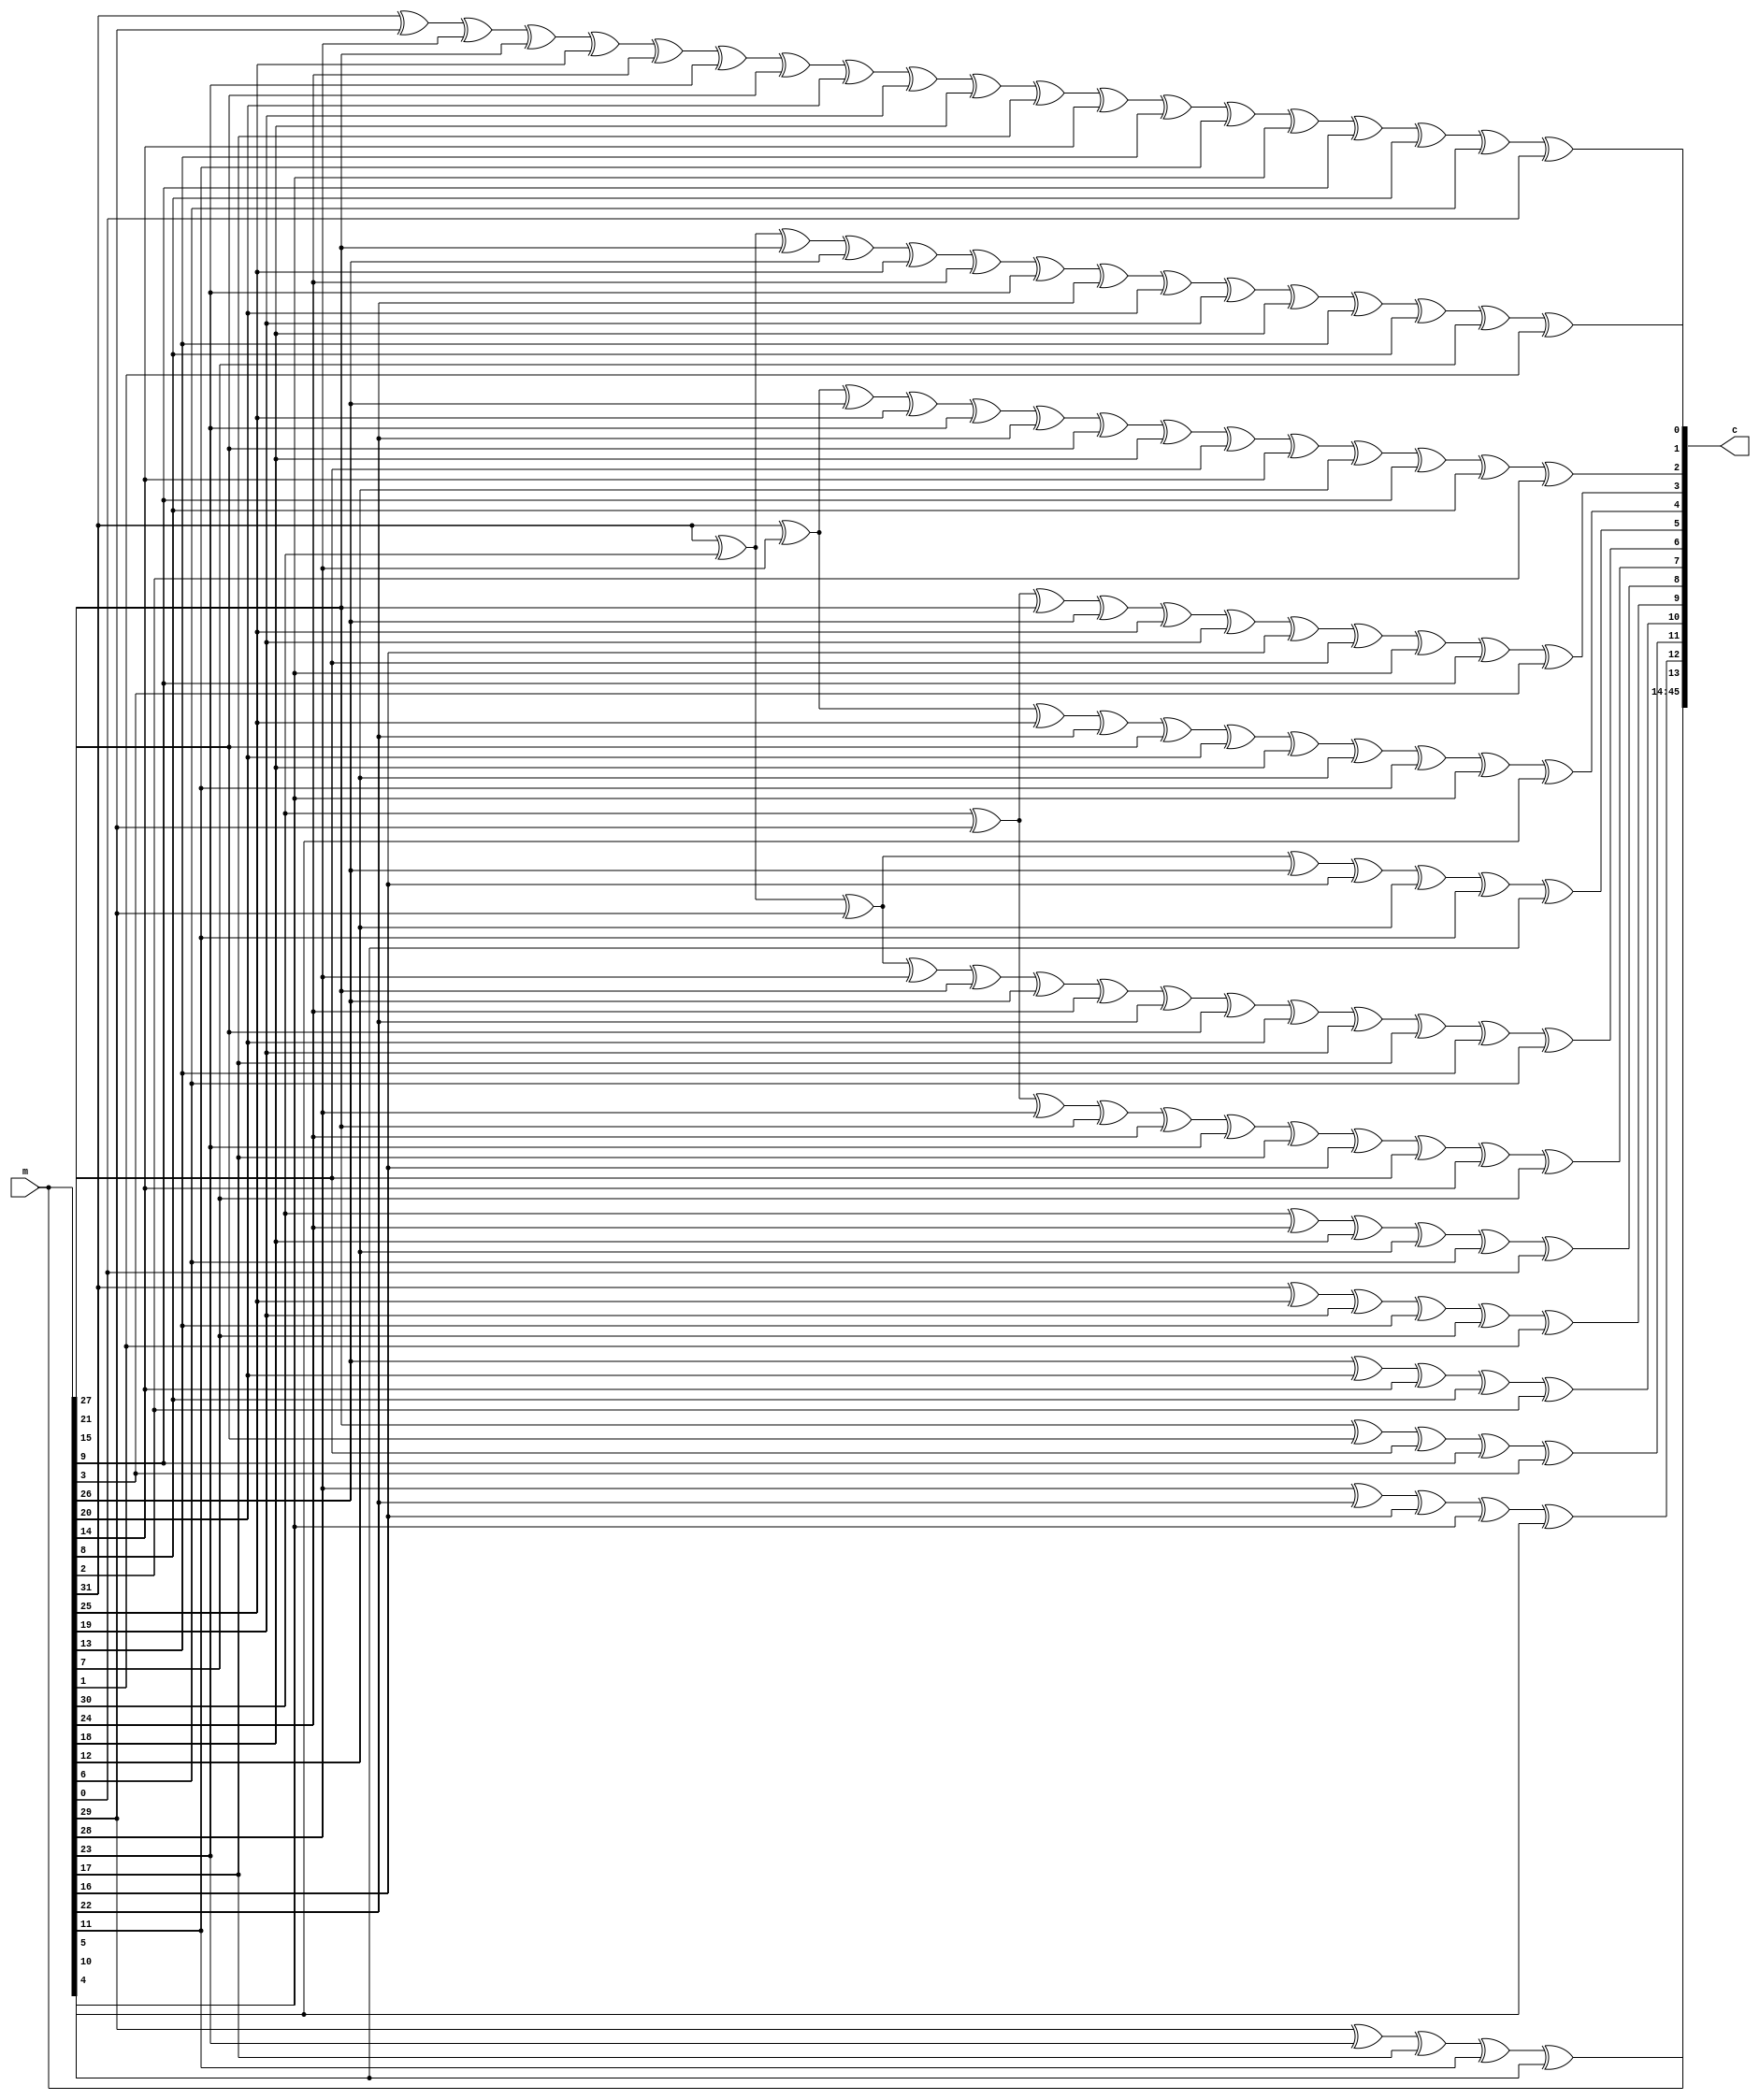
module encoder (
	input [0:31] m,
	output [0:45] c
);

	wire [0:13] p;

	assign p[0] = m[2] ^ m[8] ^ m[14] ^ m[20] ^ m[26] ^ 0;
	assign p[1] = m[3] ^ m[9] ^ m[15] ^ m[21] ^ m[27] ^ 0;
	assign p[2] = m[4] ^ m[10] ^ m[16] ^ m[22] ^ m[28] ^ 0;
	assign p[3] = m[5] ^ m[11] ^ m[17] ^ m[23] ^ m[29] ^ 0;
	assign p[4] = m[0] ^ m[6] ^ m[12] ^ m[18] ^ m[24] ^ m[30] ^ 0;
	assign p[5] = m[1] ^ m[7] ^ m[13] ^ m[19] ^ m[25] ^ m[31] ^ 0;
	assign p[6] = m[1] ^ m[2] ^ m[3] ^ m[4] ^ m[7] ^ m[8] ^ m[14] ^ m[15] ^ m[16] ^ m[17] ^ m[24] ^ 0;
	assign p[7] = m[0] ^ m[1] ^ m[2] ^ m[3] ^ m[4] ^ m[5] ^ m[7] ^ m[9] ^ m[10] ^ m[11] ^ m[12] ^ m[14] ^ m[18] ^ m[25] ^ 0;
	assign p[8] = m[0] ^ m[1] ^ m[2] ^ m[5] ^ m[15] ^ m[19] ^ m[20] ^ m[26] ^ 0;
	assign p[9] = m[0] ^ m[3] ^ m[6] ^ m[9] ^ m[10] ^ m[11] ^ m[13] ^ m[19] ^ m[20] ^ m[21] ^ m[27] ^ 0;
	assign p[10] = m[1] ^ m[2] ^ m[4] ^ m[5] ^ m[6] ^ m[12] ^ m[15] ^ m[16] ^ m[21] ^ m[22] ^ m[28] ^ 0;
	assign p[11] = m[0] ^ m[3] ^ m[5] ^ m[6] ^ m[8] ^ m[9] ^ m[10] ^ m[13] ^ m[16] ^ m[17] ^ m[19] ^ m[22] ^ m[23] ^ m[29] ^ 0;
	assign p[12] = m[0] ^ m[1] ^ m[4] ^ m[5] ^ m[6] ^ m[7] ^ m[8] ^ m[9] ^ m[11] ^ m[12] ^ m[13] ^ m[18] ^ m[23] ^ m[24] ^ m[30] ^ 0;
	assign p[13] = m[0] ^ m[2] ^ m[3] ^ m[4] ^ m[6] ^ m[7] ^ m[8] ^ m[10] ^ m[11] ^ m[12] ^ m[13] ^ m[14] ^ m[17] ^ m[18] ^ m[20] ^ m[21] ^ m[22] ^ m[23] ^ m[25] ^ m[31] ^ 0;

	assign c = {m,p};

endmodule

module decoder (
	input [0:45] c,
	output [0:31] m
);

	wire [0:13] p, s;
	wire [0:31] b, en;
	assign b = c[0:31];
	assign p = c[32:45];

	assign s[0] = p[0] ^ b[2] ^ b[8] ^ b[14] ^ b[20] ^ b[26] ^ 0;
	assign s[1] = p[1] ^ b[3] ^ b[9] ^ b[15] ^ b[21] ^ b[27] ^ 0;
	assign s[2] = p[2] ^ b[4] ^ b[10] ^ b[16] ^ b[22] ^ b[28] ^ 0;
	assign s[3] = p[3] ^ b[5] ^ b[11] ^ b[17] ^ b[23] ^ b[29] ^ 0;
	assign s[4] = p[4] ^ b[0] ^ b[6] ^ b[12] ^ b[18] ^ b[24] ^ b[30] ^ 0;
	assign s[5] = p[5] ^ b[1] ^ b[7] ^ b[13] ^ b[19] ^ b[25] ^ b[31] ^ 0;
	assign s[6] = p[6] ^ b[1] ^ b[2] ^ b[3] ^ b[4] ^ b[7] ^ b[8] ^ b[14] ^ b[15] ^ b[16] ^ b[17] ^ b[24] ^ 0;
	assign s[7] = p[7] ^ b[0] ^ b[1] ^ b[2] ^ b[3] ^ b[4] ^ b[5] ^ b[7] ^ b[9] ^ b[10] ^ b[11] ^ b[12] ^ b[14] ^ b[18] ^ b[25] ^ 0;
	assign s[8] = p[8] ^ b[0] ^ b[1] ^ b[2] ^ b[5] ^ b[15] ^ b[19] ^ b[20] ^ b[26] ^ 0;
	assign s[9] = p[9] ^ b[0] ^ b[3] ^ b[6] ^ b[9] ^ b[10] ^ b[11] ^ b[13] ^ b[19] ^ b[20] ^ b[21] ^ b[27] ^ 0;
	assign s[10] = p[10] ^ b[1] ^ b[2] ^ b[4] ^ b[5] ^ b[6] ^ b[12] ^ b[15] ^ b[16] ^ b[21] ^ b[22] ^ b[28] ^ 0;
	assign s[11] = p[11] ^ b[0] ^ b[3] ^ b[5] ^ b[6] ^ b[8] ^ b[9] ^ b[10] ^ b[13] ^ b[16] ^ b[17] ^ b[19] ^ b[22] ^ b[23] ^ b[29] ^ 0;
	assign s[12] = p[12] ^ b[0] ^ b[1] ^ b[4] ^ b[5] ^ b[6] ^ b[7] ^ b[8] ^ b[9] ^ b[11] ^ b[12] ^ b[13] ^ b[18] ^ b[23] ^ b[24] ^ b[30] ^ 0;
	assign s[13] = p[13] ^ b[0] ^ b[2] ^ b[3] ^ b[4] ^ b[6] ^ b[7] ^ b[8] ^ b[10] ^ b[11] ^ b[12] ^ b[13] ^ b[14] ^ b[17] ^ b[18] ^ b[20] ^ b[21] ^ b[22] ^ b[23] ^ b[25] ^ b[31] ^ 0;

	assign en[0] = (s[6] ^ s[5] ^ s[0] ^ s[1] ^ s[2] ^ 0) | (s[7] ^ s[4] ^ s[5] ^ s[0] ^ s[1] ^ s[2] ^ s[3] ^ 0) | (s[8] ^ s[4] ^ s[5] ^ s[0] ^ s[3] ^ 0) | (s[9] ^ s[4] ^ s[1] ^ 0) | (s[10] ^ s[5] ^ s[0] ^ s[2] ^ s[3] ^ 0) | (s[11] ^ s[4] ^ s[1] ^ s[3] ^ 0) | (s[12] ^ s[4] ^ s[5] ^ s[2] ^ s[3] ^ 0) | (s[13] ^ s[4] ^ s[0] ^ s[1] ^ s[2] ^ 0);
	assign en[1] = (s[6] ^ s[5] ^ s[0] ^ s[1] ^ s[2] ^ 0) | (s[7] ^ s[5] ^ s[0] ^ s[1] ^ s[2] ^ s[3] ^ 0) | (s[8] ^ s[5] ^ s[0] ^ s[3] ^ 0) | (s[9] ^ s[1] ^ s[4] ^ 0) | (s[10] ^ s[5] ^ s[0] ^ s[2] ^ s[3] ^ s[4] ^ 0) | (s[11] ^ s[1] ^ s[3] ^ s[4] ^ 0) | (s[12] ^ s[5] ^ s[2] ^ s[3] ^ s[4] ^ 0) | (s[13] ^ s[0] ^ s[1] ^ s[2] ^ s[4] ^ 0);
	assign en[2] = (s[6] ^ s[0] ^ s[1] ^ s[2] ^ s[5] ^ 0) | (s[7] ^ s[0] ^ s[1] ^ s[2] ^ s[3] ^ s[5] ^ 0) | (s[8] ^ s[0] ^ s[3] ^ 0) | (s[9] ^ s[1] ^ s[4] ^ 0) | (s[10] ^ s[0] ^ s[2] ^ s[3] ^ s[4] ^ 0) | (s[11] ^ s[1] ^ s[3] ^ s[4] ^ 0) | (s[12] ^ s[2] ^ s[3] ^ s[4] ^ s[5] ^ 0) | (s[13] ^ s[0] ^ s[1] ^ s[2] ^ s[4] ^ s[5] ^ 0);
	assign en[3] = (s[6] ^ s[1] ^ s[2] ^ s[5] ^ s[0] ^ 0) | (s[7] ^ s[1] ^ s[2] ^ s[3] ^ s[5] ^ 0) | (s[8] ^ s[3] ^ 0) | (s[9] ^ s[1] ^ s[4] ^ 0) | (s[10] ^ s[2] ^ s[3] ^ s[4] ^ 0) | (s[11] ^ s[1] ^ s[3] ^ s[4] ^ s[0] ^ 0) | (s[12] ^ s[2] ^ s[3] ^ s[4] ^ s[5] ^ s[0] ^ 0) | (s[13] ^ s[1] ^ s[2] ^ s[4] ^ s[5] ^ s[0] ^ 0);
	assign en[4] = (s[6] ^ s[2] ^ s[5] ^ s[0] ^ 0) | (s[7] ^ s[2] ^ s[3] ^ s[5] ^ s[1] ^ 0) | (s[8] ^ s[3] ^ 0) | (s[9] ^ s[4] ^ s[1] ^ 0) | (s[10] ^ s[2] ^ s[3] ^ s[4] ^ 0) | (s[11] ^ s[3] ^ s[4] ^ s[0] ^ s[1] ^ 0) | (s[12] ^ s[2] ^ s[3] ^ s[4] ^ s[5] ^ s[0] ^ s[1] ^ 0) | (s[13] ^ s[2] ^ s[4] ^ s[5] ^ s[0] ^ 0);
	assign en[5] = (s[6] ^ s[5] ^ s[0] ^ 0) | (s[7] ^ s[3] ^ s[5] ^ s[1] ^ s[2] ^ 0) | (s[8] ^ s[3] ^ 0) | (s[9] ^ s[4] ^ s[1] ^ s[2] ^ 0) | (s[10] ^ s[3] ^ s[4] ^ 0) | (s[11] ^ s[3] ^ s[4] ^ s[0] ^ s[1] ^ s[2] ^ 0) | (s[12] ^ s[3] ^ s[4] ^ s[5] ^ s[0] ^ s[1] ^ 0) | (s[13] ^ s[4] ^ s[5] ^ s[0] ^ s[2] ^ 0);
	assign en[6] = (s[6] ^ s[5] ^ s[0] ^ 0) | (s[7] ^ s[5] ^ s[1] ^ s[2] ^ s[3] ^ 0) | (s[8] ^ 0) | (s[9] ^ s[4] ^ s[1] ^ s[2] ^ s[3] ^ 0) | (s[10] ^ s[4] ^ 0) | (s[11] ^ s[4] ^ s[0] ^ s[1] ^ s[2] ^ 0) | (s[12] ^ s[4] ^ s[5] ^ s[0] ^ s[1] ^ s[3] ^ 0) | (s[13] ^ s[4] ^ s[5] ^ s[0] ^ s[2] ^ s[3] ^ 0);
	assign en[7] = (s[6] ^ s[5] ^ s[0] ^ 0) | (s[7] ^ s[5] ^ s[1] ^ s[2] ^ s[3] ^ s[4] ^ 0) | (s[8] ^ 0) | (s[9] ^ s[1] ^ s[2] ^ s[3] ^ 0) | (s[10] ^ s[4] ^ 0) | (s[11] ^ s[0] ^ s[1] ^ s[2] ^ 0) | (s[12] ^ s[5] ^ s[0] ^ s[1] ^ s[3] ^ s[4] ^ 0) | (s[13] ^ s[5] ^ s[0] ^ s[2] ^ s[3] ^ s[4] ^ 0);
	assign en[8] = (s[6] ^ s[0] ^ 0) | (s[7] ^ s[1] ^ s[2] ^ s[3] ^ s[4] ^ 0) | (s[8] ^ 0) | (s[9] ^ s[1] ^ s[2] ^ s[3] ^ s[5] ^ 0) | (s[10] ^ s[4] ^ 0) | (s[11] ^ s[0] ^ s[1] ^ s[2] ^ s[5] ^ 0) | (s[12] ^ s[0] ^ s[1] ^ s[3] ^ s[4] ^ s[5] ^ 0) | (s[13] ^ s[0] ^ s[2] ^ s[3] ^ s[4] ^ s[5] ^ 0);
	assign en[9] = (s[6] ^ s[0] ^ 0) | (s[7] ^ s[1] ^ s[2] ^ s[3] ^ s[4] ^ s[0] ^ 0) | (s[8] ^ 0) | (s[9] ^ s[1] ^ s[2] ^ s[3] ^ s[5] ^ 0) | (s[10] ^ s[4] ^ 0) | (s[11] ^ s[1] ^ s[2] ^ s[5] ^ 0) | (s[12] ^ s[1] ^ s[3] ^ s[4] ^ s[5] ^ 0) | (s[13] ^ s[2] ^ s[3] ^ s[4] ^ s[5] ^ s[0] ^ 0);
	assign en[10] = (s[6] ^ s[0] ^ s[1] ^ 0) | (s[7] ^ s[2] ^ s[3] ^ s[4] ^ s[0] ^ 0) | (s[8] ^ s[1] ^ 0) | (s[9] ^ s[2] ^ s[3] ^ s[5] ^ 0) | (s[10] ^ s[4] ^ s[1] ^ 0) | (s[11] ^ s[2] ^ s[5] ^ 0) | (s[12] ^ s[3] ^ s[4] ^ s[5] ^ 0) | (s[13] ^ s[2] ^ s[3] ^ s[4] ^ s[5] ^ s[0] ^ 0);
	assign en[11] = (s[6] ^ s[0] ^ s[1] ^ s[2] ^ 0) | (s[7] ^ s[3] ^ s[4] ^ s[0] ^ 0) | (s[8] ^ s[1] ^ 0) | (s[9] ^ s[3] ^ s[5] ^ 0) | (s[10] ^ s[4] ^ s[1] ^ s[2] ^ 0) | (s[11] ^ s[5] ^ s[2] ^ 0) | (s[12] ^ s[3] ^ s[4] ^ s[5] ^ 0) | (s[13] ^ s[3] ^ s[4] ^ s[5] ^ s[0] ^ 0);
	assign en[12] = (s[6] ^ s[0] ^ s[1] ^ s[2] ^ s[3] ^ 0) | (s[7] ^ s[4] ^ s[0] ^ 0) | (s[8] ^ s[1] ^ 0) | (s[9] ^ s[5] ^ 0) | (s[10] ^ s[4] ^ s[1] ^ s[2] ^ 0) | (s[11] ^ s[5] ^ s[2] ^ s[3] ^ 0) | (s[12] ^ s[4] ^ s[5] ^ 0) | (s[13] ^ s[4] ^ s[5] ^ s[0] ^ s[3] ^ 0);
	assign en[13] = (s[6] ^ s[0] ^ s[1] ^ s[2] ^ s[3] ^ 0) | (s[7] ^ s[0] ^ s[4] ^ 0) | (s[8] ^ s[1] ^ 0) | (s[9] ^ s[5] ^ 0) | (s[10] ^ s[1] ^ s[2] ^ 0) | (s[11] ^ s[5] ^ s[2] ^ s[3] ^ 0) | (s[12] ^ s[5] ^ s[4] ^ 0) | (s[13] ^ s[5] ^ s[0] ^ s[3] ^ s[4] ^ 0);
	assign en[14] = (s[6] ^ s[0] ^ s[1] ^ s[2] ^ s[3] ^ 0) | (s[7] ^ s[0] ^ s[4] ^ 0) | (s[8] ^ s[1] ^ s[5] ^ 0) | (s[9] ^ s[5] ^ 0) | (s[10] ^ s[1] ^ s[2] ^ 0) | (s[11] ^ s[2] ^ s[3] ^ s[5] ^ 0) | (s[12] ^ s[4] ^ 0) | (s[13] ^ s[0] ^ s[3] ^ s[4] ^ 0);
	assign en[15] = (s[6] ^ s[1] ^ s[2] ^ s[3] ^ 0) | (s[7] ^ s[4] ^ 0) | (s[8] ^ s[1] ^ s[5] ^ s[0] ^ 0) | (s[9] ^ s[5] ^ s[0] ^ 0) | (s[10] ^ s[1] ^ s[2] ^ 0) | (s[11] ^ s[2] ^ s[3] ^ s[5] ^ 0) | (s[12] ^ s[4] ^ 0) | (s[13] ^ s[3] ^ s[4] ^ s[0] ^ 0);
	assign en[16] = (s[6] ^ s[2] ^ s[3] ^ 0) | (s[7] ^ s[4] ^ 0) | (s[8] ^ s[5] ^ s[0] ^ 0) | (s[9] ^ s[5] ^ s[0] ^ s[1] ^ 0) | (s[10] ^ s[2] ^ s[1] ^ 0) | (s[11] ^ s[2] ^ s[3] ^ s[5] ^ 0) | (s[12] ^ s[4] ^ 0) | (s[13] ^ s[3] ^ s[4] ^ s[0] ^ s[1] ^ 0);
	assign en[17] = (s[6] ^ s[3] ^ 0) | (s[7] ^ s[4] ^ 0) | (s[8] ^ s[5] ^ s[0] ^ 0) | (s[9] ^ s[5] ^ s[0] ^ s[1] ^ 0) | (s[10] ^ s[1] ^ s[2] ^ 0) | (s[11] ^ s[3] ^ s[5] ^ s[2] ^ 0) | (s[12] ^ s[4] ^ 0) | (s[13] ^ s[3] ^ s[4] ^ s[0] ^ s[1] ^ s[2] ^ 0);
	assign en[18] = (s[6] ^ 0) | (s[7] ^ s[4] ^ 0) | (s[8] ^ s[5] ^ s[0] ^ 0) | (s[9] ^ s[5] ^ s[0] ^ s[1] ^ 0) | (s[10] ^ s[1] ^ s[2] ^ 0) | (s[11] ^ s[5] ^ s[2] ^ s[3] ^ 0) | (s[12] ^ s[4] ^ s[3] ^ 0) | (s[13] ^ s[4] ^ s[0] ^ s[1] ^ s[2] ^ s[3] ^ 0);
	assign en[19] = (s[6] ^ s[4] ^ 0) | (s[7] ^ 0) | (s[8] ^ s[5] ^ s[0] ^ 0) | (s[9] ^ s[5] ^ s[0] ^ s[1] ^ 0) | (s[10] ^ s[1] ^ s[2] ^ 0) | (s[11] ^ s[5] ^ s[2] ^ s[3] ^ 0) | (s[12] ^ s[3] ^ s[4] ^ 0) | (s[13] ^ s[0] ^ s[1] ^ s[2] ^ s[3] ^ 0);
	assign en[20] = (s[6] ^ s[4] ^ 0) | (s[7] ^ s[5] ^ 0) | (s[8] ^ s[0] ^ 0) | (s[9] ^ s[0] ^ s[1] ^ 0) | (s[10] ^ s[1] ^ s[2] ^ 0) | (s[11] ^ s[2] ^ s[3] ^ 0) | (s[12] ^ s[3] ^ s[4] ^ 0) | (s[13] ^ s[0] ^ s[1] ^ s[2] ^ s[3] ^ s[5] ^ 0);
	assign en[21] = (s[6] ^ s[4] ^ 0) | (s[7] ^ s[5] ^ 0) | (s[8] ^ s[0] ^ 0) | (s[9] ^ s[1] ^ 0) | (s[10] ^ s[1] ^ s[2] ^ 0) | (s[11] ^ s[2] ^ s[3] ^ 0) | (s[12] ^ s[3] ^ s[4] ^ 0) | (s[13] ^ s[1] ^ s[2] ^ s[3] ^ s[5] ^ 0);
	assign en[22] = (s[6] ^ s[4] ^ 0) | (s[7] ^ s[5] ^ 0) | (s[8] ^ s[0] ^ 0) | (s[9] ^ s[1] ^ 0) | (s[10] ^ s[2] ^ 0) | (s[11] ^ s[2] ^ s[3] ^ 0) | (s[12] ^ s[3] ^ s[4] ^ 0) | (s[13] ^ s[2] ^ s[3] ^ s[5] ^ 0);
	assign en[23] = (s[6] ^ s[4] ^ 0) | (s[7] ^ s[5] ^ 0) | (s[8] ^ s[0] ^ 0) | (s[9] ^ s[1] ^ 0) | (s[10] ^ s[2] ^ 0) | (s[11] ^ s[3] ^ 0) | (s[12] ^ s[3] ^ s[4] ^ 0) | (s[13] ^ s[3] ^ s[5] ^ 0);
	assign en[24] = (s[6] ^ s[4] ^ 0) | (s[7] ^ s[5] ^ 0) | (s[8] ^ s[0] ^ 0) | (s[9] ^ s[1] ^ 0) | (s[10] ^ s[2] ^ 0) | (s[11] ^ s[3] ^ 0) | (s[12] ^ s[4] ^ 0) | (s[13] ^ s[5] ^ 0);
	assign en[25] = (s[6] ^ 0) | (s[7] ^ s[5] ^ 0) | (s[8] ^ s[0] ^ 0) | (s[9] ^ s[1] ^ 0) | (s[10] ^ s[2] ^ 0) | (s[11] ^ s[3] ^ 0) | (s[12] ^ s[4] ^ 0) | (s[13] ^ s[5] ^ 0);
	assign en[26] = (s[6] ^ 0) | (s[7] ^ 0) | (s[8] ^ s[0] ^ 0) | (s[9] ^ s[1] ^ 0) | (s[10] ^ s[2] ^ 0) | (s[11] ^ s[3] ^ 0) | (s[12] ^ s[4] ^ 0) | (s[13] ^ s[5] ^ 0);
	assign en[27] = (s[6] ^ 0) | (s[7] ^ 0) | (s[8] ^ 0) | (s[9] ^ s[1] ^ 0) | (s[10] ^ s[2] ^ 0) | (s[11] ^ s[3] ^ 0) | (s[12] ^ s[4] ^ 0) | (s[13] ^ s[5] ^ 0);
	assign en[28] = (s[6] ^ 0) | (s[7] ^ 0) | (s[8] ^ 0) | (s[9] ^ 0) | (s[10] ^ s[2] ^ 0) | (s[11] ^ s[3] ^ 0) | (s[12] ^ s[4] ^ 0) | (s[13] ^ s[5] ^ 0);
	assign en[29] = (s[6] ^ 0) | (s[7] ^ 0) | (s[8] ^ 0) | (s[9] ^ 0) | (s[10] ^ 0) | (s[11] ^ s[3] ^ 0) | (s[12] ^ s[4] ^ 0) | (s[13] ^ s[5] ^ 0);
	assign en[30] = (s[6] ^ 0) | (s[7] ^ 0) | (s[8] ^ 0) | (s[9] ^ 0) | (s[10] ^ 0) | (s[11] ^ 0) | (s[12] ^ s[4] ^ 0) | (s[13] ^ s[5] ^ 0);
	assign en[31] = (s[6] ^ 0) | (s[7] ^ 0) | (s[8] ^ 0) | (s[9] ^ 0) | (s[10] ^ 0) | (s[11] ^ 0) | (s[12] ^ 0) | (s[13] ^ s[5] ^ 0);

	assign m[0] = ((~( en[0] )) & s[4]) ^ b[0];
	assign m[1] = ((~( en[1] & en[0] )) & s[5]) ^ b[1];
	assign m[2] = ((~( en[2] & en[1] & en[0] )) & s[0]) ^ b[2];
	assign m[3] = ((~( en[3] & en[2] & en[1] & en[0] )) & s[1]) ^ b[3];
	assign m[4] = ((~( en[4] & en[3] & en[2] & en[1] & en[0] )) & s[2]) ^ b[4];
	assign m[5] = ((~( en[5] & en[4] & en[3] & en[2] & en[1] & en[0] )) & s[3]) ^ b[5];
	assign m[6] = ((~( en[6] & en[5] & en[4] & en[3] & en[2] & en[1] )) & s[4]) ^ b[6];
	assign m[7] = ((~( en[7] & en[6] & en[5] & en[4] & en[3] & en[2] )) & s[5]) ^ b[7];
	assign m[8] = ((~( en[8] & en[7] & en[6] & en[5] & en[4] & en[3] )) & s[0]) ^ b[8];
	assign m[9] = ((~( en[9] & en[8] & en[7] & en[6] & en[5] & en[4] )) & s[1]) ^ b[9];
	assign m[10] = ((~( en[10] & en[9] & en[8] & en[7] & en[6] & en[5] )) & s[2]) ^ b[10];
	assign m[11] = ((~( en[11] & en[10] & en[9] & en[8] & en[7] & en[6] )) & s[3]) ^ b[11];
	assign m[12] = ((~( en[12] & en[11] & en[10] & en[9] & en[8] & en[7] )) & s[4]) ^ b[12];
	assign m[13] = ((~( en[13] & en[12] & en[11] & en[10] & en[9] & en[8] )) & s[5]) ^ b[13];
	assign m[14] = ((~( en[14] & en[13] & en[12] & en[11] & en[10] & en[9] )) & s[0]) ^ b[14];
	assign m[15] = ((~( en[15] & en[14] & en[13] & en[12] & en[11] & en[10] )) & s[1]) ^ b[15];
	assign m[16] = ((~( en[16] & en[15] & en[14] & en[13] & en[12] & en[11] )) & s[2]) ^ b[16];
	assign m[17] = ((~( en[17] & en[16] & en[15] & en[14] & en[13] & en[12] )) & s[3]) ^ b[17];
	assign m[18] = ((~( en[18] & en[17] & en[16] & en[15] & en[14] & en[13] )) & s[4]) ^ b[18];
	assign m[19] = ((~( en[19] & en[18] & en[17] & en[16] & en[15] & en[14] )) & s[5]) ^ b[19];
	assign m[20] = ((~( en[20] & en[19] & en[18] & en[17] & en[16] & en[15] )) & s[0]) ^ b[20];
	assign m[21] = ((~( en[21] & en[20] & en[19] & en[18] & en[17] & en[16] )) & s[1]) ^ b[21];
	assign m[22] = ((~( en[22] & en[21] & en[20] & en[19] & en[18] & en[17] )) & s[2]) ^ b[22];
	assign m[23] = ((~( en[23] & en[22] & en[21] & en[20] & en[19] & en[18] )) & s[3]) ^ b[23];
	assign m[24] = ((~( en[24] & en[23] & en[22] & en[21] & en[20] & en[19] )) & s[4]) ^ b[24];
	assign m[25] = ((~( en[25] & en[24] & en[23] & en[22] & en[21] & en[20] )) & s[5]) ^ b[25];
	assign m[26] = ((~( en[26] & en[25] & en[24] & en[23] & en[22] & en[21] )) & s[0]) ^ b[26];
	assign m[27] = ((~( en[27] & en[26] & en[25] & en[24] & en[23] & en[22] )) & s[1]) ^ b[27];
	assign m[28] = ((~( en[28] & en[27] & en[26] & en[25] & en[24] & en[23] )) & s[2]) ^ b[28];
	assign m[29] = ((~( en[29] & en[28] & en[27] & en[26] & en[25] & en[24] )) & s[3]) ^ b[29];
	assign m[30] = ((~( en[30] & en[29] & en[28] & en[27] & en[26] & en[25] )) & s[4]) ^ b[30];
	assign m[31] = ((~( en[31] & en[30] & en[29] & en[28] & en[27] & en[26] )) & s[5]) ^ b[31];

endmodule